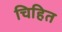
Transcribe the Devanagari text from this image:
चिहित